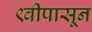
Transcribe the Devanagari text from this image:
९वीपासून